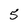
Character: 5